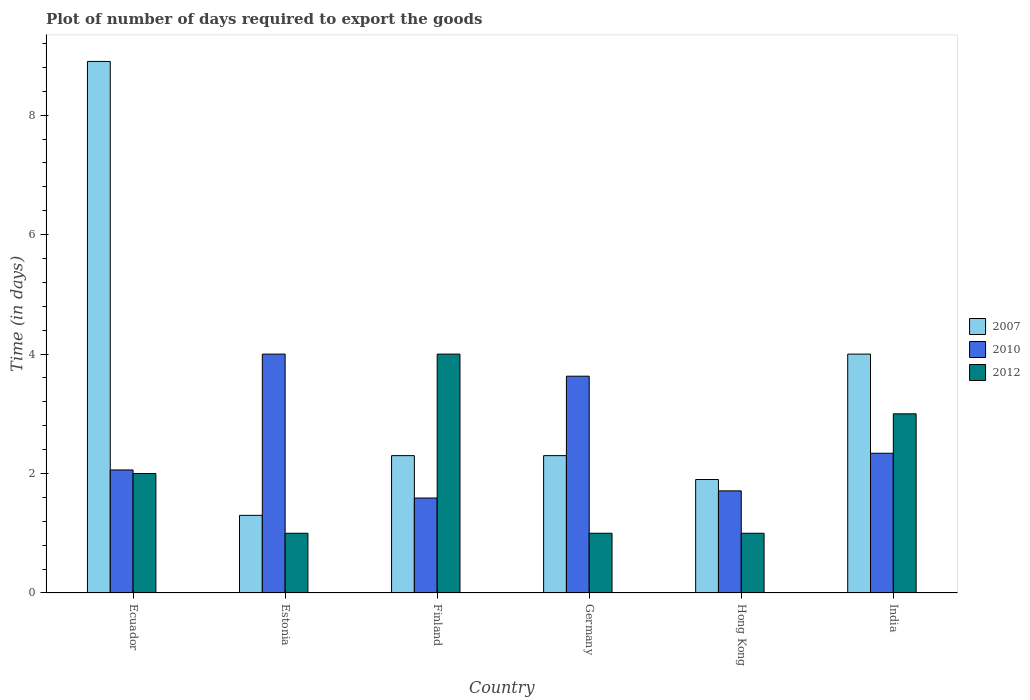
| Country | 2007 | 2010 | 2012 |
 | --- | --- | --- | --- |
 | Ecuador | 8.9 | 2.06 | 2 |
 | Estonia | 1.3 | 4 | 1 |
 | Finland | 2.3 | 1.59 | 4 |
 | Germany | 2.3 | 3.63 | 1 |
 | Hong Kong | 1.9 | 1.71 | 1 |
 | India | 4 | 2.34 | 3 |